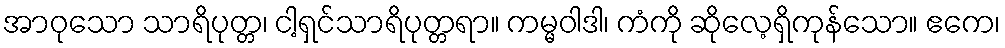
အာဝုသော သာရိပုတ္တ၊ ငါ့ရှင်သာရိပုတ္တရာ။ ကမ္မဝါဒါ၊ ကံကို ဆိုလေ့ရှိကုန်သော။ ဧကေ၊